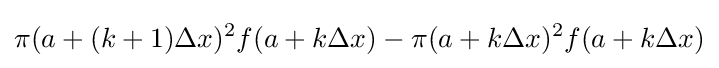
\pi (a+(k+1)\Delta x)^{2}f(a+k\Delta x)-\pi (a+k\Delta x)^{2}f(a+k\Delta x)